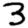
Digit: 3